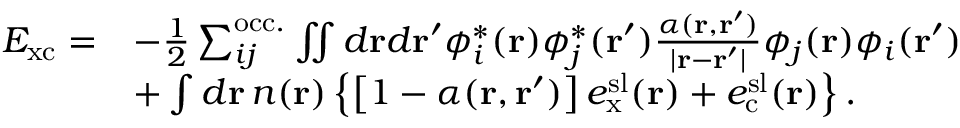
\begin{array} { r l } { E _ { \mathrm { x c } } = } & { - \frac { 1 } { 2 } \sum _ { i j } ^ { \mathrm { o c c . } } \iint d \mathbf { r } d \mathbf { r } ^ { \prime } \phi _ { i } ^ { * } ( \mathbf { r } ) \phi _ { j } ^ { * } ( \mathbf { r } ^ { \prime } ) \frac { \alpha ( \mathbf { r } , \mathbf { r } ^ { \prime } ) } { | \mathbf { r } - \mathbf { r } ^ { \prime } | } \phi _ { j } ( \mathbf { r } ) \phi _ { i } ( \mathbf { r } ^ { \prime } ) } \\ & { + \int d \mathbf { r } \, n ( \mathbf { r } ) \left\{ \left[ 1 - \alpha ( \mathbf { r } , \mathbf { r } ^ { \prime } ) \right] e _ { \mathrm { x } } ^ { \mathrm { s l } } ( \mathbf { r } ) + e _ { \mathrm { c } } ^ { \mathrm { s l } } ( \mathbf { r } ) \right\} . } \end{array}